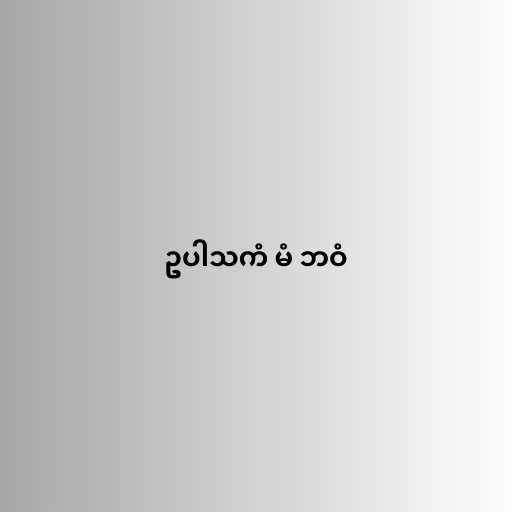
ဥပါသကံ မံ ဘဝံ